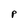
Character: P